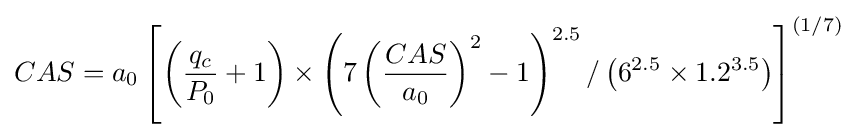
CAS=a_{0}\left[\left({\frac {q_{c}}{P_{0}}}+1\right)\times \left(7\left({\frac {CAS}{a_{0}}}\right)^{2}-1\right)^{2.5}/\left(6^{2.5}\times 1.2^{3.5}\right)\right]^{(1/7)}